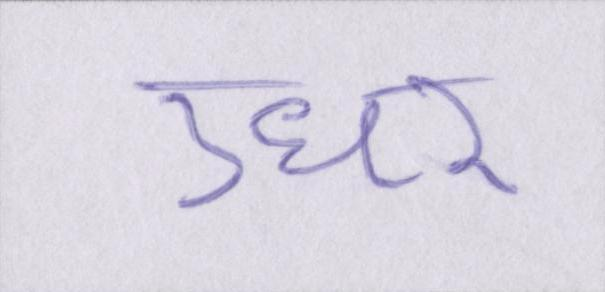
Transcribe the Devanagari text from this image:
उधर